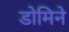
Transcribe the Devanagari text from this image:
डोमिने